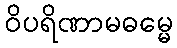
ဝိပရိဏာမဓမ္မေ